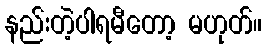
နည်းတဲ့ပါရမီတော့ မဟုတ်။